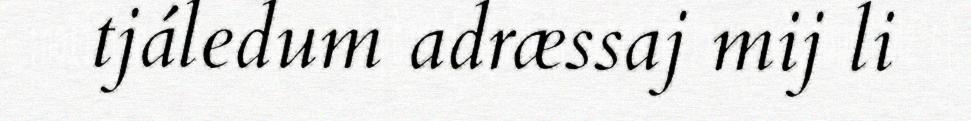
tjáledum adræssaj mij li